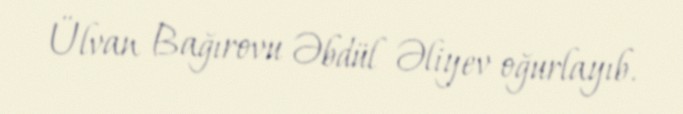
Ülvan Bağırovu Əbdül Əliyev oğurlayıb.